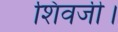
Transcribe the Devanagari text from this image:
शिवजी।